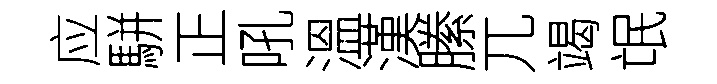
应駢正吼溫漢縢兀竭氓